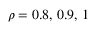
\rho = 0 . 8 , \, 0 . 9 , \, 1